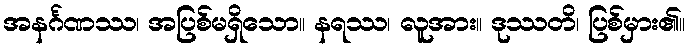
အနင်္ဂဏဿ၊ အပြစ်မရှိသော။ နရဿ၊ လူအား။ ဒုဿတိ၊ ပြစ်မှား၏။